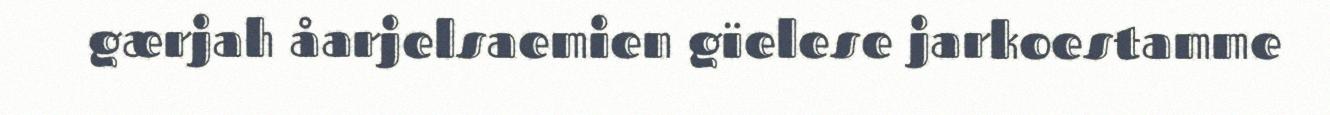
gærjah åarjelsaemien gïelese jarkoestamme